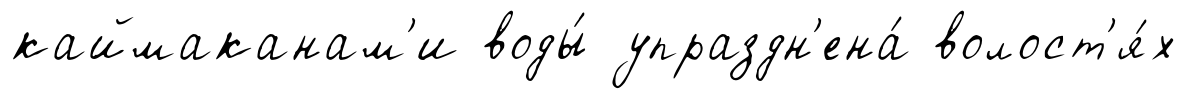
каймаканам'и воды́ упраздн'ена́ волост'я́х